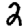
Digit: 2